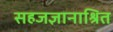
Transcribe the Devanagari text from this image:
सहजज्ञानाश्रित